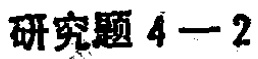
研究题 4—2